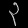
Digit: ၃